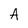
Character: A